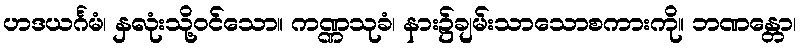
ဟဒယင်္ဂမံ၊ နှလုံးသို့ဝင်သော။ ကဏ္ဏသုခံ၊ နား၌ချမ်းသာသောစကားကို။ ဘဏန္တော၊